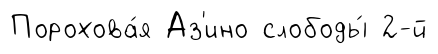
Порохова́я Аз'ино слободы́ 2-й